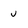
Character: u